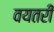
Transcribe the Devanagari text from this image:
वयतरी